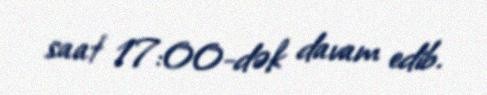
saat 17:00-dək davam edib.